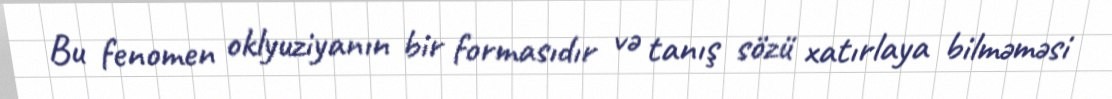
Bu fenomen oklyuziyanın bir formasıdır və tanış sözü xatırlaya bilməməsi